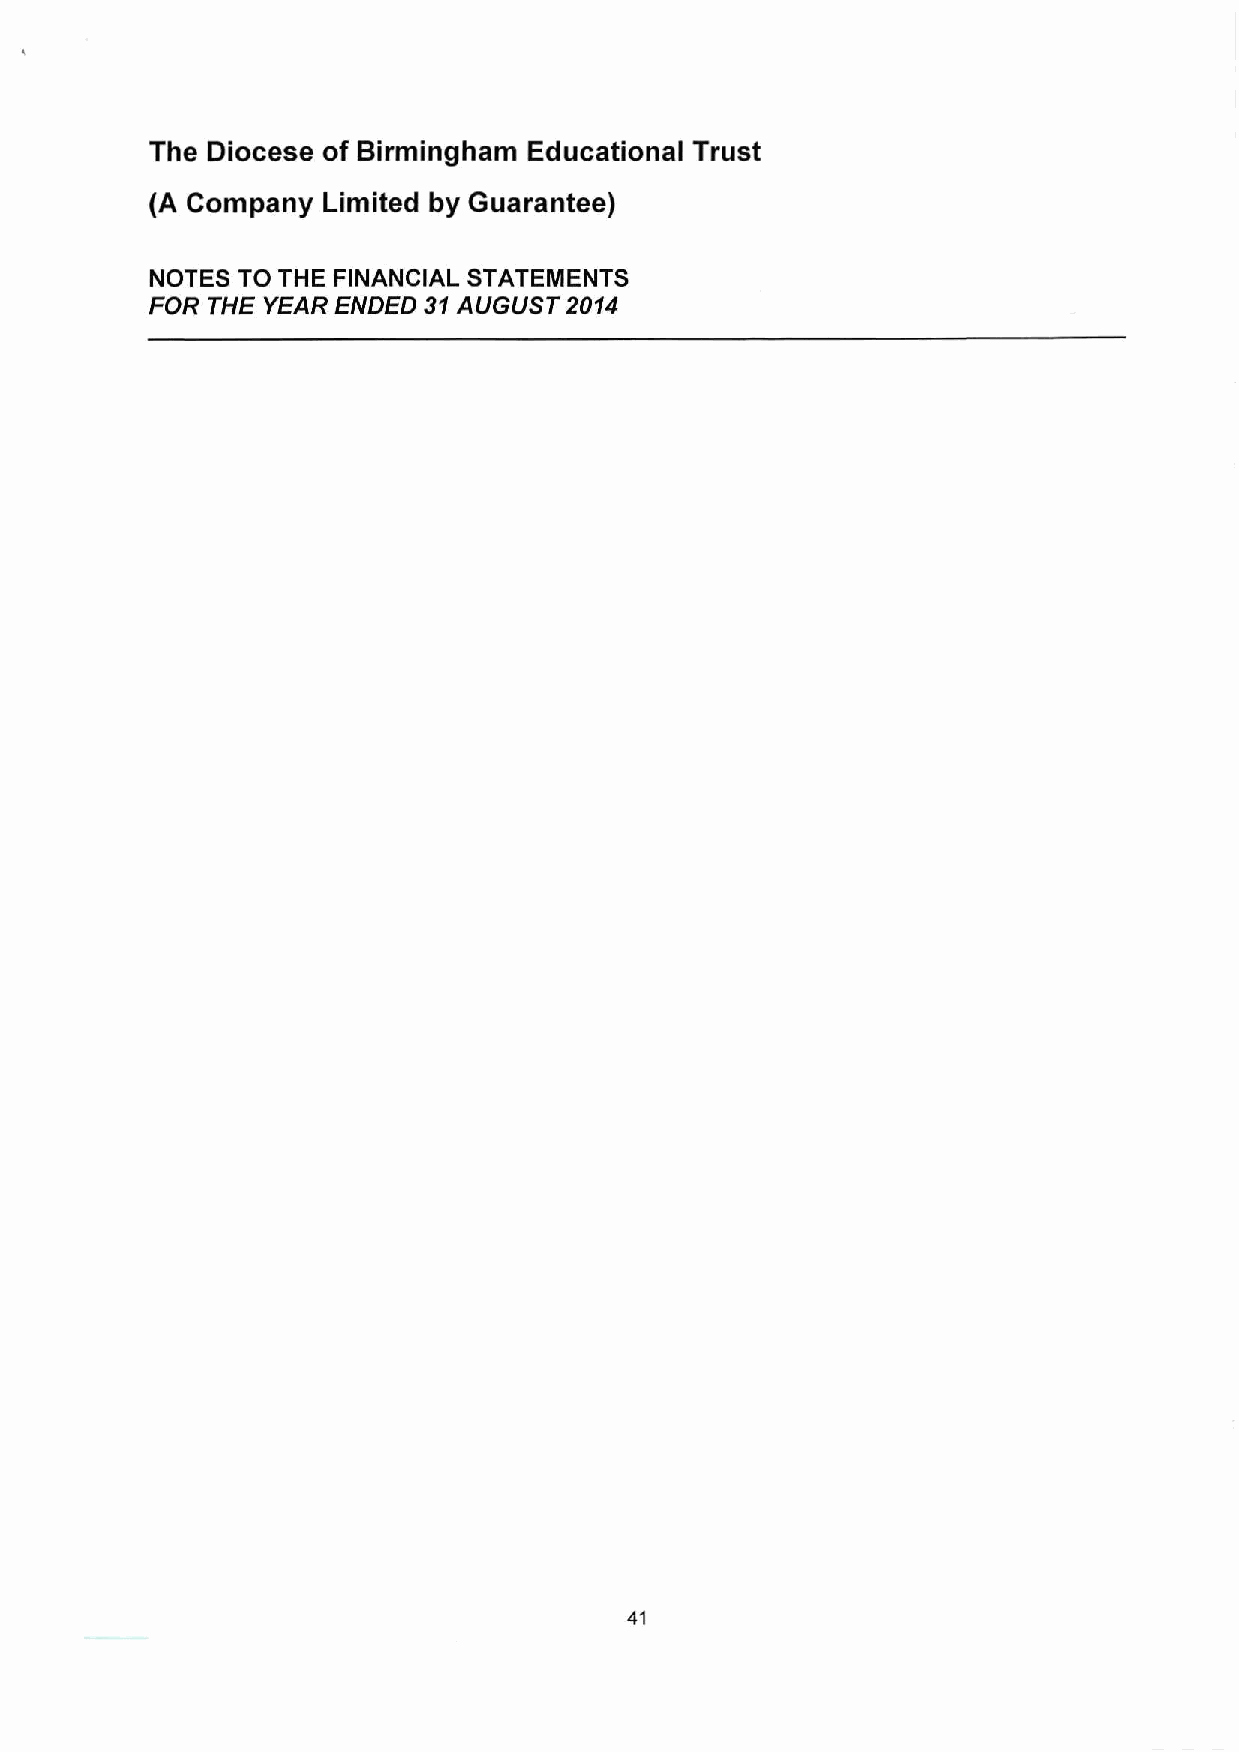
The Diocese of Birmingham Educational Trust
 (A Company Limited by Guarantee)
 NOTES TO THE FINANCIAL STATEMENTS
 FOR THE YEAR ENDED 31 AUGUST 2014
 41